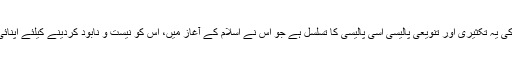
باطل کی یہ تکثیری اور تنویعی پالیسی اُسی پالیسی کا تسلسل ہے جو اُس نے اسلام کے آغاز میں، اس کو نیست و نابود کردینے کیلئے اپنائی تھی۔